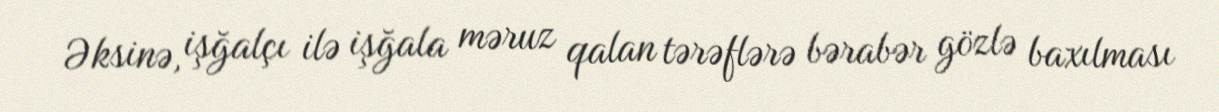
Əksinə, işğalçı ilə işğala məruz qalan tərəflərə bərabər gözlə baxılması